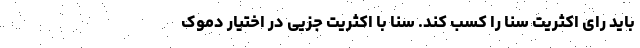
باید رای اکثریت سنا را کسب کند. سنا با اکثریت جزیی در اختیار دموک